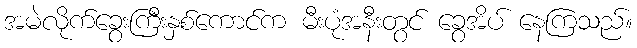
အမဲလိုက်ခွေးကြီးနှစ်ကောင်က မီးပုံအနီးတွင် ခွေအိပ် နေကြသည်။